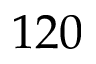
1 2 0